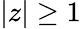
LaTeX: |z|\geq 1